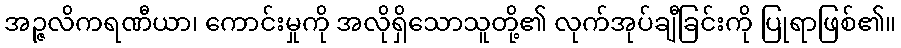
အဉ္ဇလိကရဏီယာ၊ ကောင်းမှုကို အလိုရှိသောသူတို့၏ လုက်အုပ်ချီခြင်းကို ပြုရာဖြစ်၏။